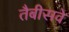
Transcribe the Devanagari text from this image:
तैबीसवे